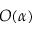
O ( \alpha )